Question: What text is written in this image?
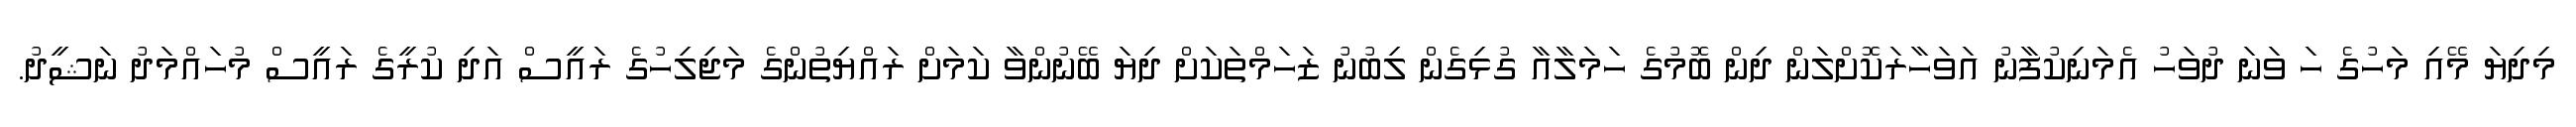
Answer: މިދިޔަ މޭއި މަހުގެ ހަ ވަނަ ދުވަހު އެމަނިކުފާނު އަވަހާރަކޮށްލަން ދިން ބޮމުގެ ހަމަލާއާ ގުޅިގެން ލިބުނު ޒަހަމްތަކަށް ދިޔަ ބޭނުންވާ ކަމަށް ރައްޔިތުންގެ މަޖިލިހުގެ ރައީސް އަދި ކުރީގެ ރައީސް މުހައްމަދު ނަޝީދު.